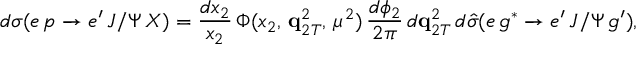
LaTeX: \displaystyle d \sigma ( e \, p \to e ^ { \prime } \, J / \Psi \, X ) = { \frac { d x _ { 2 } } { x _ { 2 } } } \, \Phi ( x _ { 2 } , \, { \bf q } _ { 2 T } ^ { 2 } , \, \mu ^ { 2 } ) \, { \frac { d \phi _ { 2 } } { 2 \pi } } \, d { \bf q } _ { 2 T } ^ { 2 } \, d \hat { \sigma } ( e \, g ^ { * } \to e ^ { \prime } \, J / \Psi \, g ^ { \prime } ) ,